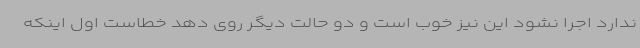
ندارد اجرا نشود این نیز خوب است و دو حالت دیگر روی دهد خطاست اول اینکه